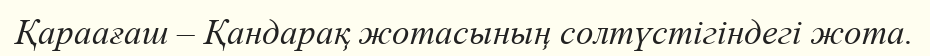
Қараағаш – Қандарақ жотасының солтүстігіндегі жота.